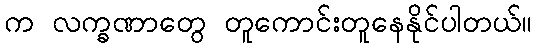
က လက္ခဏာတွေ တူကောင်းတူနေနိုင်ပါတယ်။